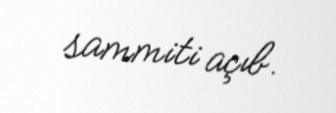
sammiti açıb.